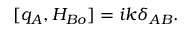
[ q _ { A } , H _ { B o } ] = i k \delta _ { A B } .